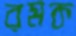
রমক